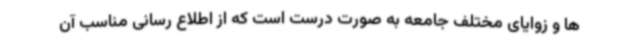
ها و زوایای مختلف جامعه به صورت درست است که از اطلاع رسانی مناسب آن